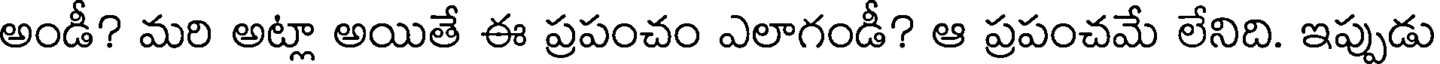
అండీ? మరి అట్లా అయితే ఈ ప్రపంచం ఎలాగండీ? ఆ ప్రపంచమే లేనిది. ఇప్పుడు